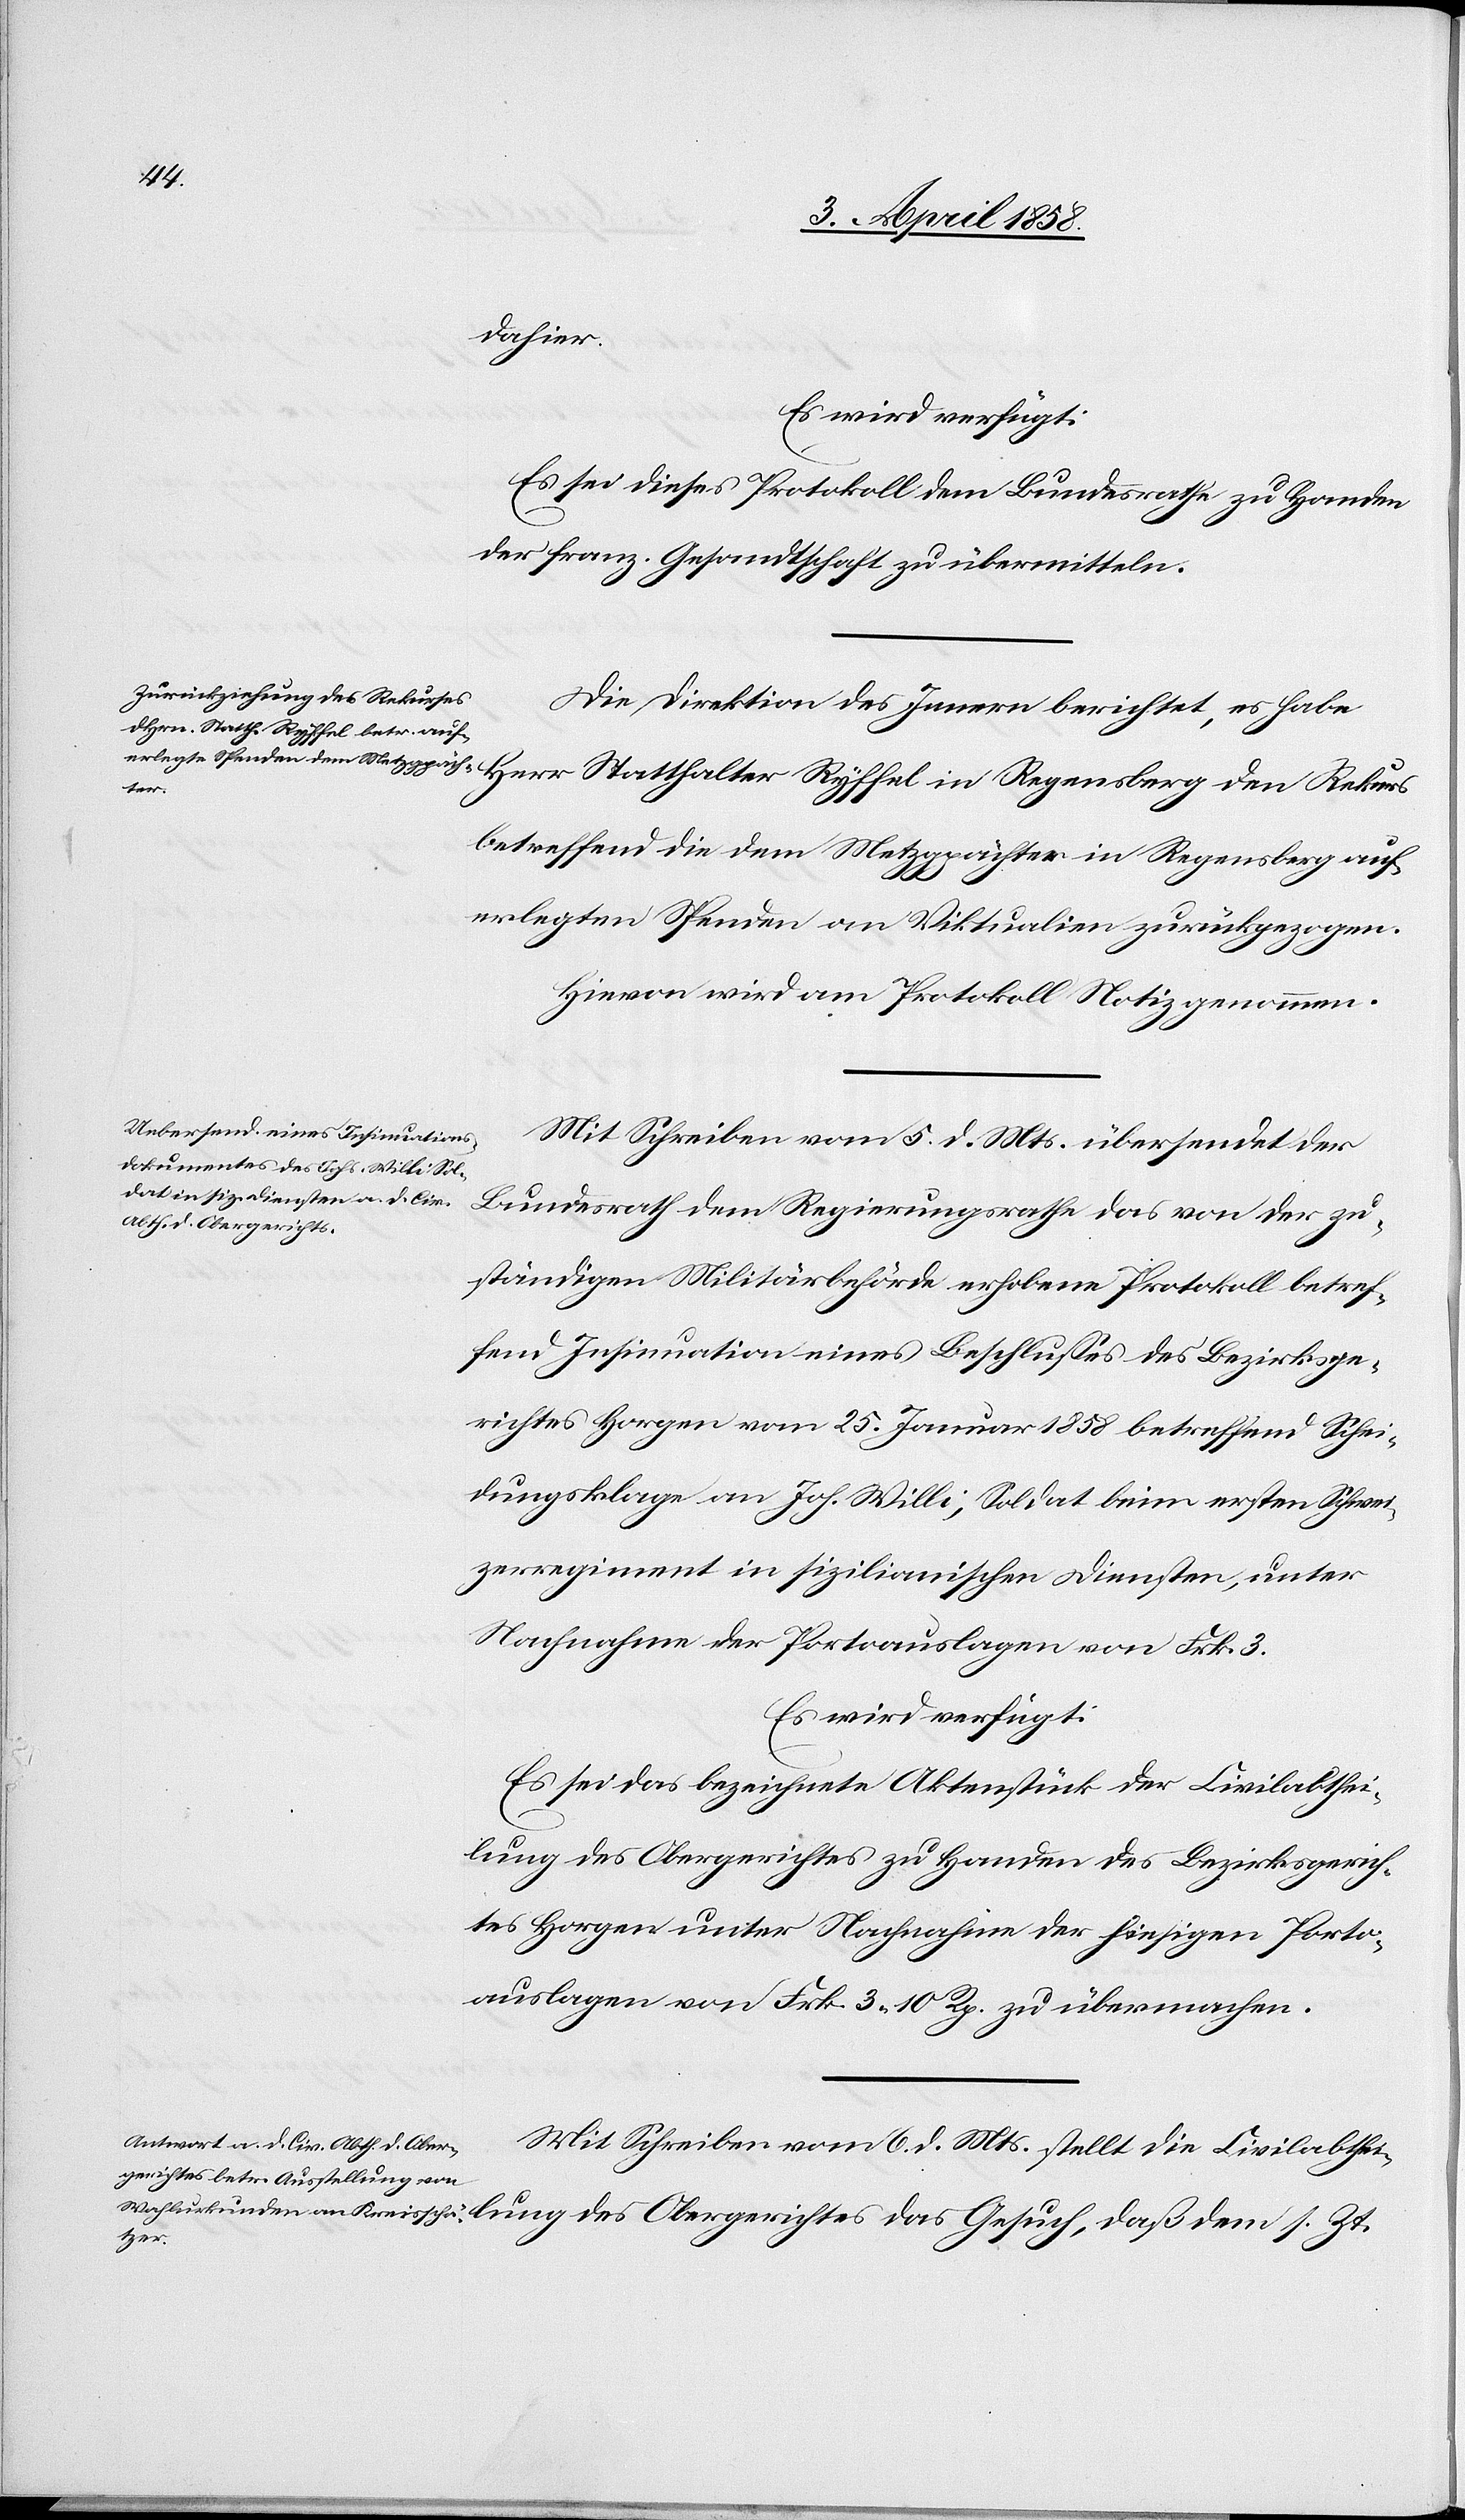
7. April 1858.]
dahier.
Es wird verfügt:
s.
Es sei dieses Protokoll dem Bundesrathe zu Handen
der franz. Gesandtschaft zu übermitteln.
Die Direktion des Innern berichtet, es habe
daß
betreffend die dem Metzgpächter in Regensberg auf¬
erlegten Spenden von Viktualien zurückgezogen.
Hievon wird am Protokoll Notiz genommen.
Mit Schreiben vom 5. d. Mts. übersendet der
Bundesrath dem Regierungsrathe das von der zu¬
lung des Obergerichtes
ständigen Militärbehörde erhobene Protokoll betref¬
fend Insinuation eines Beschlusses des Bezirksge¬
richtes Horgen vom 25. Januar 1858 betreffend Schei¬
dungsklage an Joh. Willi, Soldat beim ersten Schwei¬
zerregiment in sizilianischen Diensten, unter
Nachnahme der Portoauslagen von Frk. 3.
Es wird verfügt:
Es sei das bezeichnete Aktenstück der Civilabthei¬
lung des Obergerichtes zu Handen des Bezirksgerich¬
tes Horgen unter Nachnahme der hiesigen Porto¬
auslagen von Frk. 3 10 Rp. zu übermachen.
Mit Schreiben vom 6. d. Mts. stellt die Civilabthei¬
Zt.